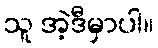
သူ အဲ့ဒီမှာပါ။